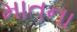
માતના